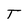
Character: T